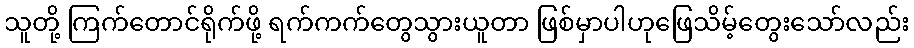
သူတို့ ကြက်တောင်ရိုက်ဖို့ ရက်ကက်တွေသွားယူတာ ဖြစ်မှာပါဟုဖြေသိမ့်တွေးသော်လည်း